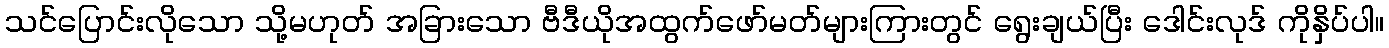
သင်ပြောင်းလိုသော သို့မဟုတ် အခြားသော ဗီဒီယိုအထွက်ဖော်မတ်များကြားတွင် ရွေးချယ်ပြီး ဒေါင်းလုဒ် ကိုနှိပ်ပါ။